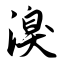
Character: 溴